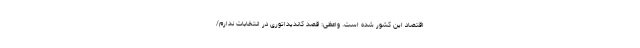
اقتصاد این کشور شده است. واعظی: قصد کاندیداتوری در انتخابات ندارم/